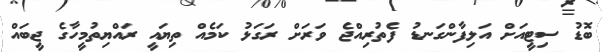
ބޮޑު ސިޓީއަށް އަލިފާންގަނޑު ފެތުރިއްޖެ ވަރަށް ރަގަޅު ކަމެއް ތިޔައީ ރައްޔިތުމީހާގެ ޖީބައް